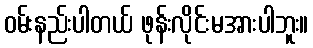
ဝမ်းနည်းပါတယ် ဖုန်းလိုင်းမအားပါဘူး။